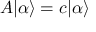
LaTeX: A | \alpha \rangle = c | \alpha \rangle